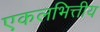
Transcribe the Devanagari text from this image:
एकलभित्तीय